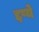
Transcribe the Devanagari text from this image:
द्दष्ये